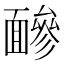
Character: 𩈼